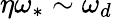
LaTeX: \eta\omega_{\ast}\sim\omega_{d}